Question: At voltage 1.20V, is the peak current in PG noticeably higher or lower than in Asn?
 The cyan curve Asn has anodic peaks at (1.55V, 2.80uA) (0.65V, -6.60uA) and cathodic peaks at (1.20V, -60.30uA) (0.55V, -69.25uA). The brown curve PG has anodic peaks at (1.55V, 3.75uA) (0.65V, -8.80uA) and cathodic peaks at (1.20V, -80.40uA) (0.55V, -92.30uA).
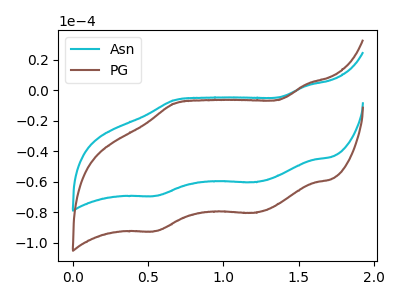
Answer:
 <answer>The peak at 1.20V is higher in "PG" than in "Asn".</answer>
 <eval>higher</eval>